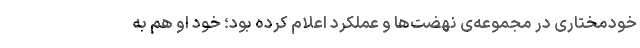
خودمختاری در مجموعه‌ی نهضت‌ها و عملکرد اعلام کرده بود؛ خود او هم به